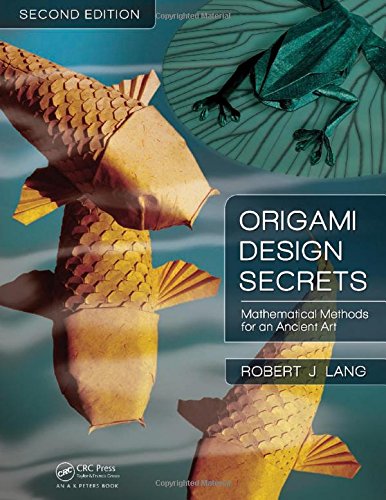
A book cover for Origami Design Secrets: Mathematical Methods for an Ancient Art, Second Edition; Robert J. Lang; Humor & Entertainment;